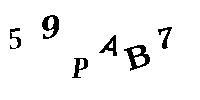
59PAB7